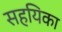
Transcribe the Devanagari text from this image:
सहयिका